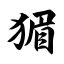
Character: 猸